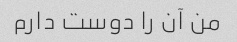
من آن را دوست دارم